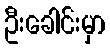
ဦးခေါင်းမှာ